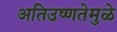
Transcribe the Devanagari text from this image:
अतिउष्णतेमुळे